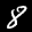
Label: 8